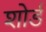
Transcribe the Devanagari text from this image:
शोर्ड